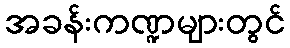
အခန်းကဏ္ဍများတွင်